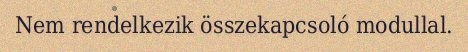
Nem rendelkezik összekapcsoló modullal.